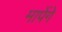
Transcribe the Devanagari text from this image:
मापेंगे